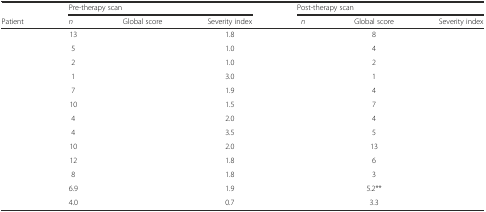
<table><thead><tr><td>[EMPTY_CELL]</td><td colspan="3"><b>Pre-therapy scan</b></td><td colspan="3"><b>Post-therapy scan</b></td></tr><tr><td><b>Patient</b></td><td><b><i>n</i></b></td><td><b>Global score</b></td><td><b>Severity index</b></td><td><b><i>n</i></b></td><td><b>Global score</b></td><td><b>Severity index</b></td></tr></thead><tbody><tr><td>[EMPTY_CELL]</td><td>13</td><td>[EMPTY_CELL]</td><td>1.8</td><td>[EMPTY_CELL]</td><td>8</td><td>[EMPTY_CELL]</td></tr><tr><td>[EMPTY_CELL]</td><td>5</td><td>[EMPTY_CELL]</td><td>1.0</td><td>[EMPTY_CELL]</td><td>4</td><td>[EMPTY_CELL]</td></tr><tr><td>[EMPTY_CELL]</td><td>2</td><td>[EMPTY_CELL]</td><td>1.0</td><td>[EMPTY_CELL]</td><td>2</td><td>[EMPTY_CELL]</td></tr><tr><td>[EMPTY_CELL]</td><td>1</td><td>[EMPTY_CELL]</td><td>3.0</td><td>[EMPTY_CELL]</td><td>1</td><td>[EMPTY_CELL]</td></tr><tr><td>[EMPTY_CELL]</td><td>7</td><td>[EMPTY_CELL]</td><td>1.9</td><td>[EMPTY_CELL]</td><td>4</td><td>[EMPTY_CELL]</td></tr><tr><td>[EMPTY_CELL]</td><td>10</td><td>[EMPTY_CELL]</td><td>1.5</td><td>[EMPTY_CELL]</td><td>7</td><td>[EMPTY_CELL]</td></tr><tr><td>[EMPTY_CELL]</td><td>4</td><td>[EMPTY_CELL]</td><td>2.0</td><td>[EMPTY_CELL]</td><td>4</td><td>[EMPTY_CELL]</td></tr><tr><td>[EMPTY_CELL]</td><td>4</td><td>[EMPTY_CELL]</td><td>3.5</td><td>[EMPTY_CELL]</td><td>5</td><td>[EMPTY_CELL]</td></tr><tr><td>[EMPTY_CELL]</td><td>10</td><td>[EMPTY_CELL]</td><td>2.0</td><td>[EMPTY_CELL]</td><td>13</td><td>[EMPTY_CELL]</td></tr><tr><td>[EMPTY_CELL]</td><td>12</td><td>[EMPTY_CELL]</td><td>1.8</td><td>[EMPTY_CELL]</td><td>6</td><td>[EMPTY_CELL]</td></tr><tr><td>[EMPTY_CELL]</td><td>8</td><td>[EMPTY_CELL]</td><td>1.8</td><td>[EMPTY_CELL]</td><td>3</td><td>[EMPTY_CELL]</td></tr><tr><td>[EMPTY_CELL]</td><td>6.9</td><td>[EMPTY_CELL]</td><td>1.9</td><td>[EMPTY_CELL]</td><td>5.2**</td><td>[EMPTY_CELL]</td></tr><tr><td>[EMPTY_CELL]</td><td>4.0</td><td>[EMPTY_CELL]</td><td>0.7</td><td>[EMPTY_CELL]</td><td>3.3</td><td>[EMPTY_CELL]</td></tr></tbody></table>